Indian journal of veterinary science and animal husbandry - Volume 13,
Year: 1943
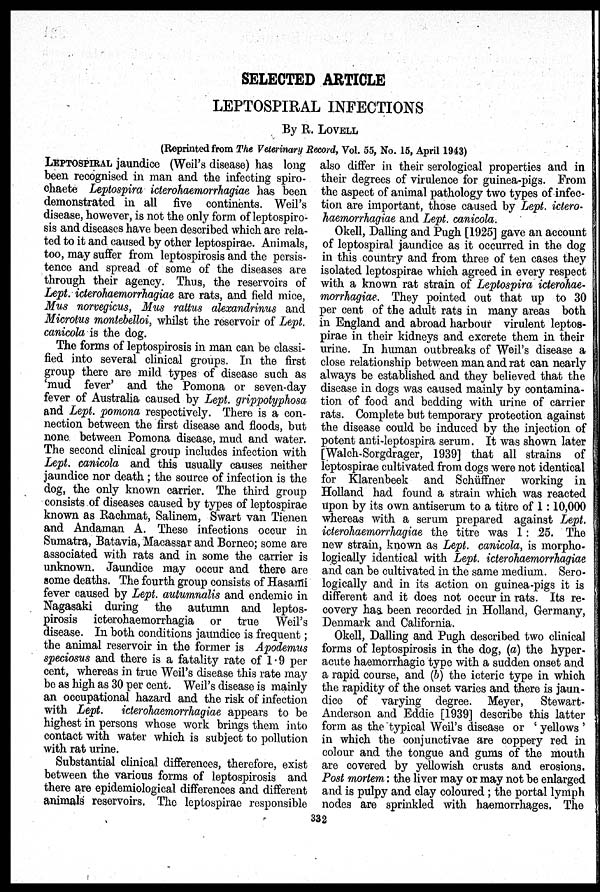
SELECTED ARTICLE
LEPTOSPIRAL INFECTIONS
By R. LOVELL
(Reprinted from The Veterinary Record, Vol. 55, No. 15, April 1943)
LEPTOSPIRAL jaundice (Weil's disease) has long
been recognised in man and the infecting spiro-
chaete Leptospira icterohaemorrhagiae has been
demonstrated in all five continents. Weil's
disease, however, is not the only form of leptospiro-
sis and diseases have been described which are rela-
ted to it and caused by other leptospirae. Animals,
too, may suffer from leptospirosis and the persis-
tence and spread of some of the diseases are
through their agency. Thus, the reservoirs of
Lept. icterohaemorrhagiae are rats, and field mice,
Mus norvegicus, Mus rattus alexandrinus and
Microtus montebelloi, whilst the reservoir of Lept.
canicola is the dog.
The forms of leptospirosis in man can be classi-
fied into several clinical groups. In the first
group there are mild types of disease such as
'mud fever' and the Pomona or seven-day
fever of Australia caused by Lept. grippotyphosa
and Lept. pomona respectively. There is a con-
nection between the first disease and floods, but
none between Pomona disease, mud and water.
The second clinical group includes infection with
Lept. canicola and this usually causes neither
jaundice nor death; the source of infection is the
dog, the only known carrier. The third group
consists of diseases caused by types of leptospirae
known as Rachmat, Salinem, Swart van Tienen
and Andaman A. These infections occur in
Sumatra, Batavia, Macassar and Borneo; some are
associated with rats and in some the carrier is
unknown. Jaundice may occur and there are
some deaths. The fourth group consists of Hasami
fever caused by Lept. autumnalis and endemic in
Nagasaki during the autumn and leptos-
pirosis icterohaemorrhagia or true Weil's
disease. In both conditions jaundice is frequent;
the animal reservoir in the former is Apodemus
speciosus and there is a fatality rate of 1.9 per
cent, whereas in true Weil's disease this rate may
be as high as 30 per cent. Weil's disease is mainly
an occupational hazard and the risk of infection
with Lept. icterohaemorrhagiae appears to be
highest in persons whose work brings them into
contact with water which is subject to pollution
with rat urine.
Substantial clinical differences, therefore, exist
between the various forms of leptospirosis and
there are epidemiological differences and different
animals reservoirs. The leptospirac responsible
also differ in their serological properties and in
their degrees of virulence for guinea-pigs. From
the aspect of animal pathology two types of infec-
tion are important, those caused by Lept. ictero-
haemorrhagiae and Lept. canicola.
Okell, Dalling and Pugh [1925] gave an account
of leptospiral jaundice as it occurred in the dog
in this country and from three of ten cases they
isolated leptospirae which agreed in every respect
with a known rat strain of Leptospira icterohae-
morrhagiae. They pointed out that up to 30
per cent of the adult rats in many areas both
in England and abroad harbour virulent leptos-
pirae in their kidneys and excrete them in their
urine. In human outbreaks of Weil's disease a
close relationship between man and rat can nearly
always be established and they believed that the
disease in dogs was caused mainly by contamina-
tion of food and bedding with urine of carrier
rats. Complete but temporary protection against
the disease could be induced by the injection of
potent anti-leptospira serum. It was shown later
[Walch-Sorgdrager, 1939] that all strains of
leptospirae cultivated from dogs were not identical
for Klarenbeek and Schüffner working in
Holland had found a strain which was reacted
upon by its own antiserum to a titre of 1:10,000
whereas with a serum prepared against Lept.
icterohaemorrhagiae the titre was 1 : 25. The
new strain, known as Lept. canicola, is morpho-
logically identical with Lept. icterohaemorrhagiae
and can be cultivated in the same medium. Sero-
logically and in its action on guinea-pigs it is
different and it does not occur in rats. Its re-
covery has, been recorded in Holland, Germany,
Denmark and California.
Okell, Dalling and Pugh described two clinical
forms of leptospirosis in the dog, (a) the hyper-
acute haemorrhagic type with a sudden onset and
a rapid course, and (b) the icteric type in which
the rapidity of the onset varies and there is jaun-
dice of varying degree. Meyer, Stewart-
Anderson and Eddie [1939] describe this latter
form as the typical Weil's disease or 'yellows'
in which the conjunctivae are coppery red in
colour and the tongue and gums of the mouth
are covered by yellowish crusts and erosions.
Post mortem: the liver may or may not be enlarged
and is pulpy and clay coloured; the portal lymph
nodes are sprinkled with haemorrhages. The
332